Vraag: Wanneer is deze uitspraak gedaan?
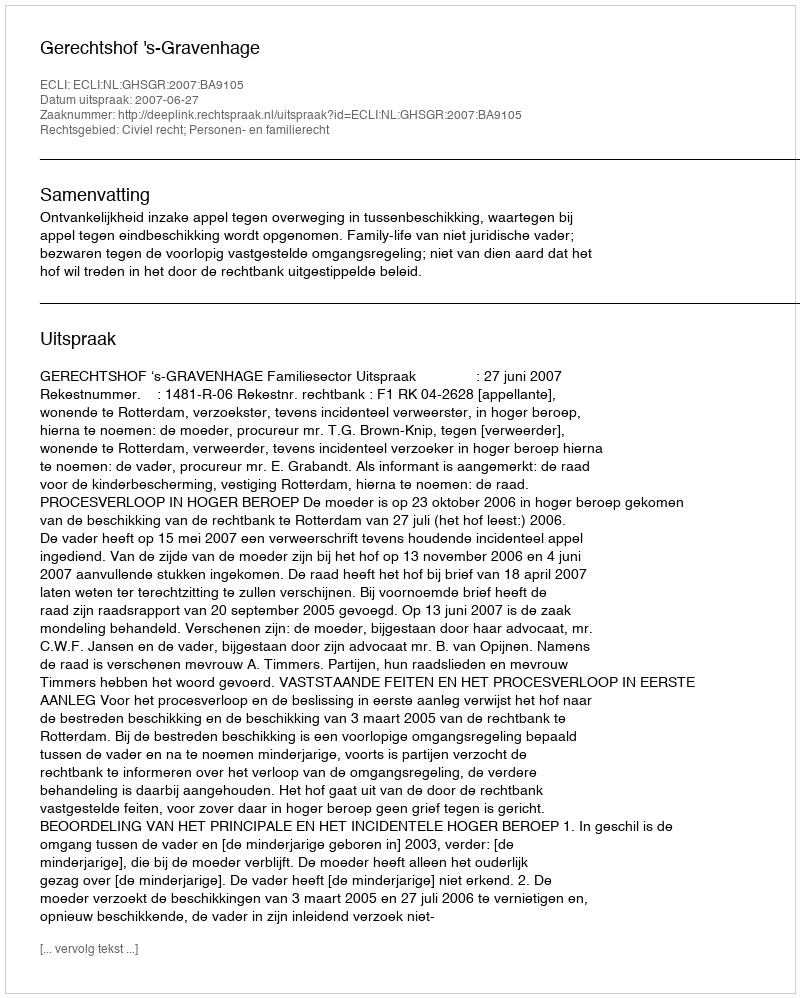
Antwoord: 2007-06-27